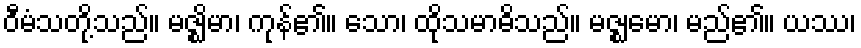
ဝီမံသတို့သည်။ မဇ္ဈိမာ၊ ကုန်၏။ သော၊ ထိုသမာဓိသည်။ မဇ္ဈမော၊ မည်၏။ ယဿ၊